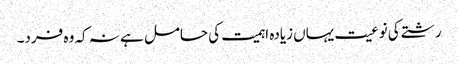
رشتے کی نوعیت یہاں زیادہ اہمیت کی حامل ہے نہ کہ وہ فرد۔